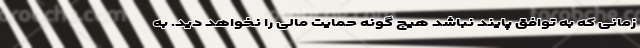
زمانی که به توافق پایند نباشد هیچ گونه حمایت مالی را نخواهد دید. به